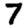
Digit: 7